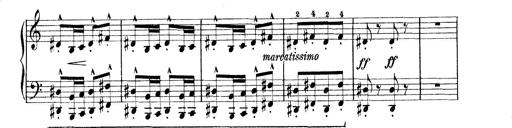
Title: Rapsodie: 19 ungheresi, 1 spagnuola
Composer: Franz Liszt